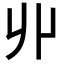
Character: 丱